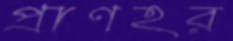
প্রাণহর